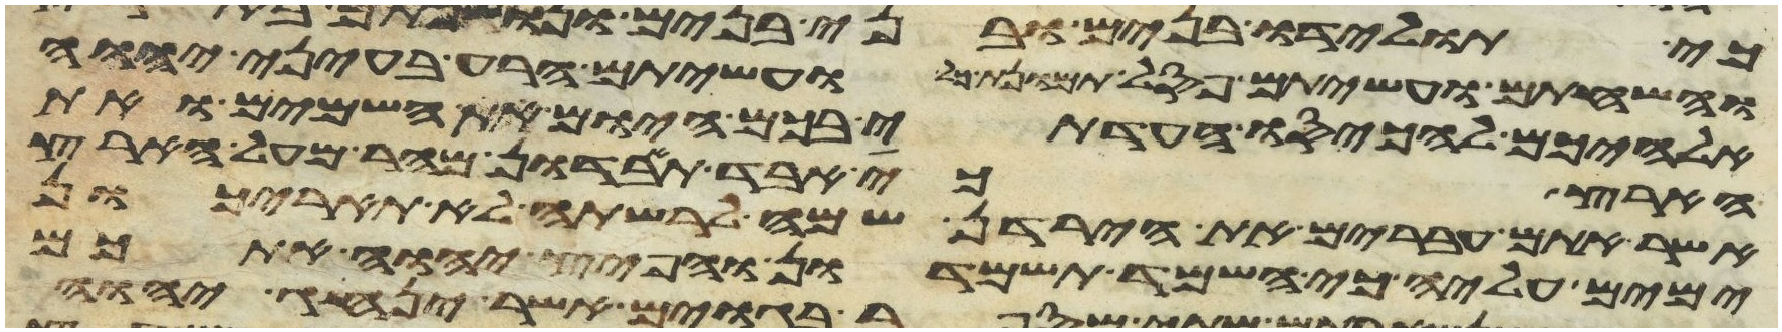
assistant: והשחתם ועשיתם פסל תמונת כל ועשיתם הרע בעיני יהוה
אלהיכם להכעיסו העדתי בכם היום את השמים ואת
הארץ כי אבד תאבדון מהר מעל הארץ
אשר אתם עברים את הירדן שמה לרשתה לא תאריכון
ימים עליה כי השמד תשמדון והפיץ יהוה אתכם